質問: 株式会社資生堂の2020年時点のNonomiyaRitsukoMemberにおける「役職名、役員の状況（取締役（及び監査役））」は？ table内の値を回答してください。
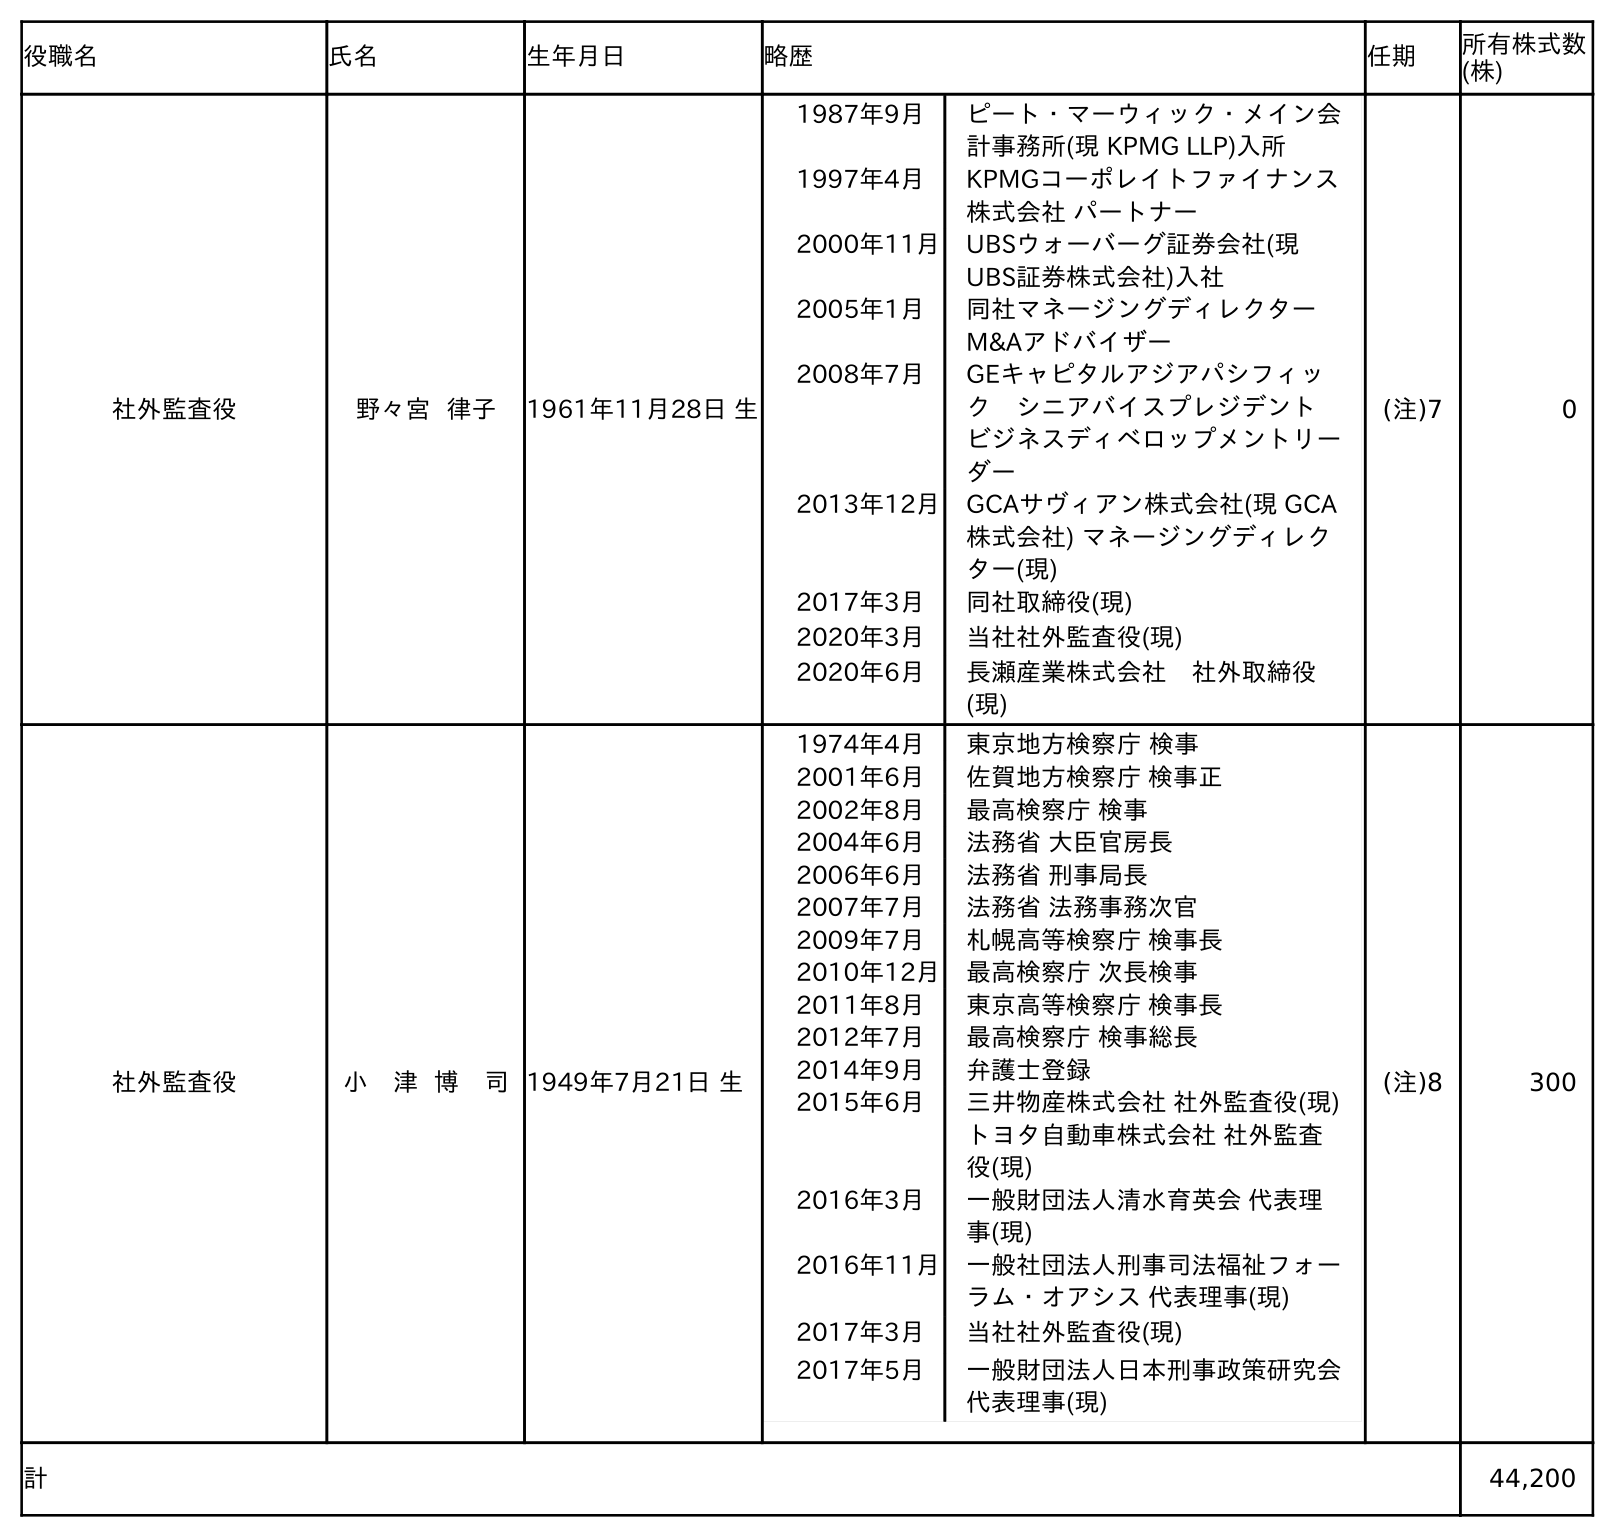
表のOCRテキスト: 役職名 氏名 生年月日 略歴 任期 所有株式数 (株) 社外監査役 野々宮 律子 1961年11月28日 生 1987年9月 ピート・マーウィック・メイン会 計事務所(現 KPMG LLP)入所 1997年4月 KPMGコーポレイトファイナンス 株式会社 パートナー 2000年11月 UBSウォーバーグ証券会社(現 UBS証券株式会社)入社 2005年1月 同社マネージングディレクター  M&Aアドバイザー 2008年7月 GEキャピタルアジアパシフィッ ク シニアバイスプレジデント ビジネスディベロップメントリー ダー 2013年12月 GCAサヴィアン株式会社(現 GCA 株式会社) マネージングディレク ター(現) 2017年3月 同社取締役(現) 2020年3月 当社社外監査役(現) 2020年6月 長瀬産業株式会社 社外取締役 (現) (注)7 0 社外監査役 小 津 博 司1949年7月21日 生 1974年4月 東京地方検察庁 検事 2001年6月 佐賀地方検察庁 検事正 2002年8月 最高検察庁 検事 2004年6月 法務省 大臣官房長 2006年6月 法務省 刑事局長 2007年7月 法務省 法務事務次官 2009年7月 札幌高等検察庁 検事長 2010年12月 最高検察庁 次長検事 2011年8月 東京高等検察庁 検事長 2012年7月 最高検察庁 検事総長 2014年9月 弁護士登録 2015年6月 三井物産株式会社 社外監査役(現) トヨタ自動車株式会社 社外監査 役(現) 2016年3月 一般財団法人清水育英会 代表理 事(現) 2016年11月 一般社団法人刑事司法福祉フォー ラム・オアシス 代表理事(現) 2017年3月 当社社外監査役(現) 2017年5月 一般財団法人日本刑事政策研究会 代表理事(現) (注)8 300 計 44,200
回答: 社外監査役